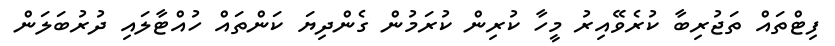
ފިޓްތައް ތަޖުރިބާ ކުރެވޭއިރު މީހާ ކުރިން ކުރަމުން ގެންދިޔަ ކަންތައް ހުއްޓާލައި ދުރުބަލަން